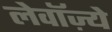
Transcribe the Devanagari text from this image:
लेवॉज़्ये